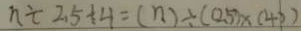
n \div 2 . 5 + 4 = ( n ) \div ( 0 . 5 ) \times ( 4 p )